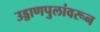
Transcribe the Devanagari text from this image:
उड्डाणपुलांवरून